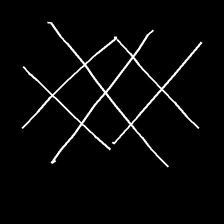
Glyph: crystal